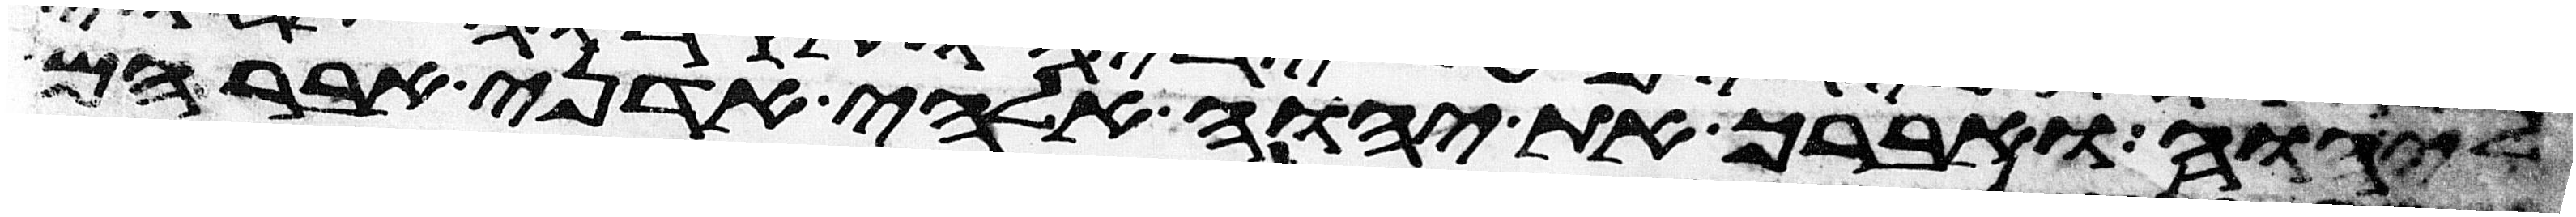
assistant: ליהוה ואברך את יהוה אלהי אדני אברהם